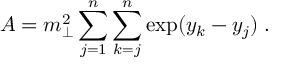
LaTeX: A = m _ { \perp } ^ { 2 } \sum _ { j = 1 } ^ { n } \sum _ { k = j } ^ { n } \exp ( y _ { k } - y _ { j } ) \; .